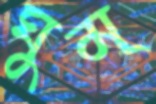
ঘুম্